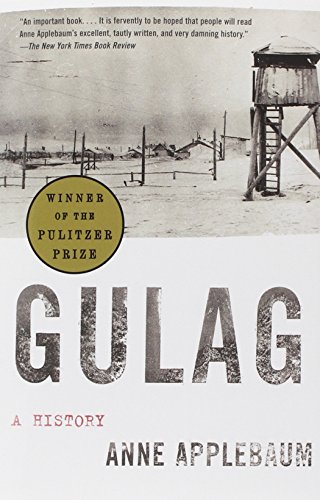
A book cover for Gulag: A History; Anne Applebaum; History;